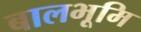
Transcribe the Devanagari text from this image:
बालभूमि